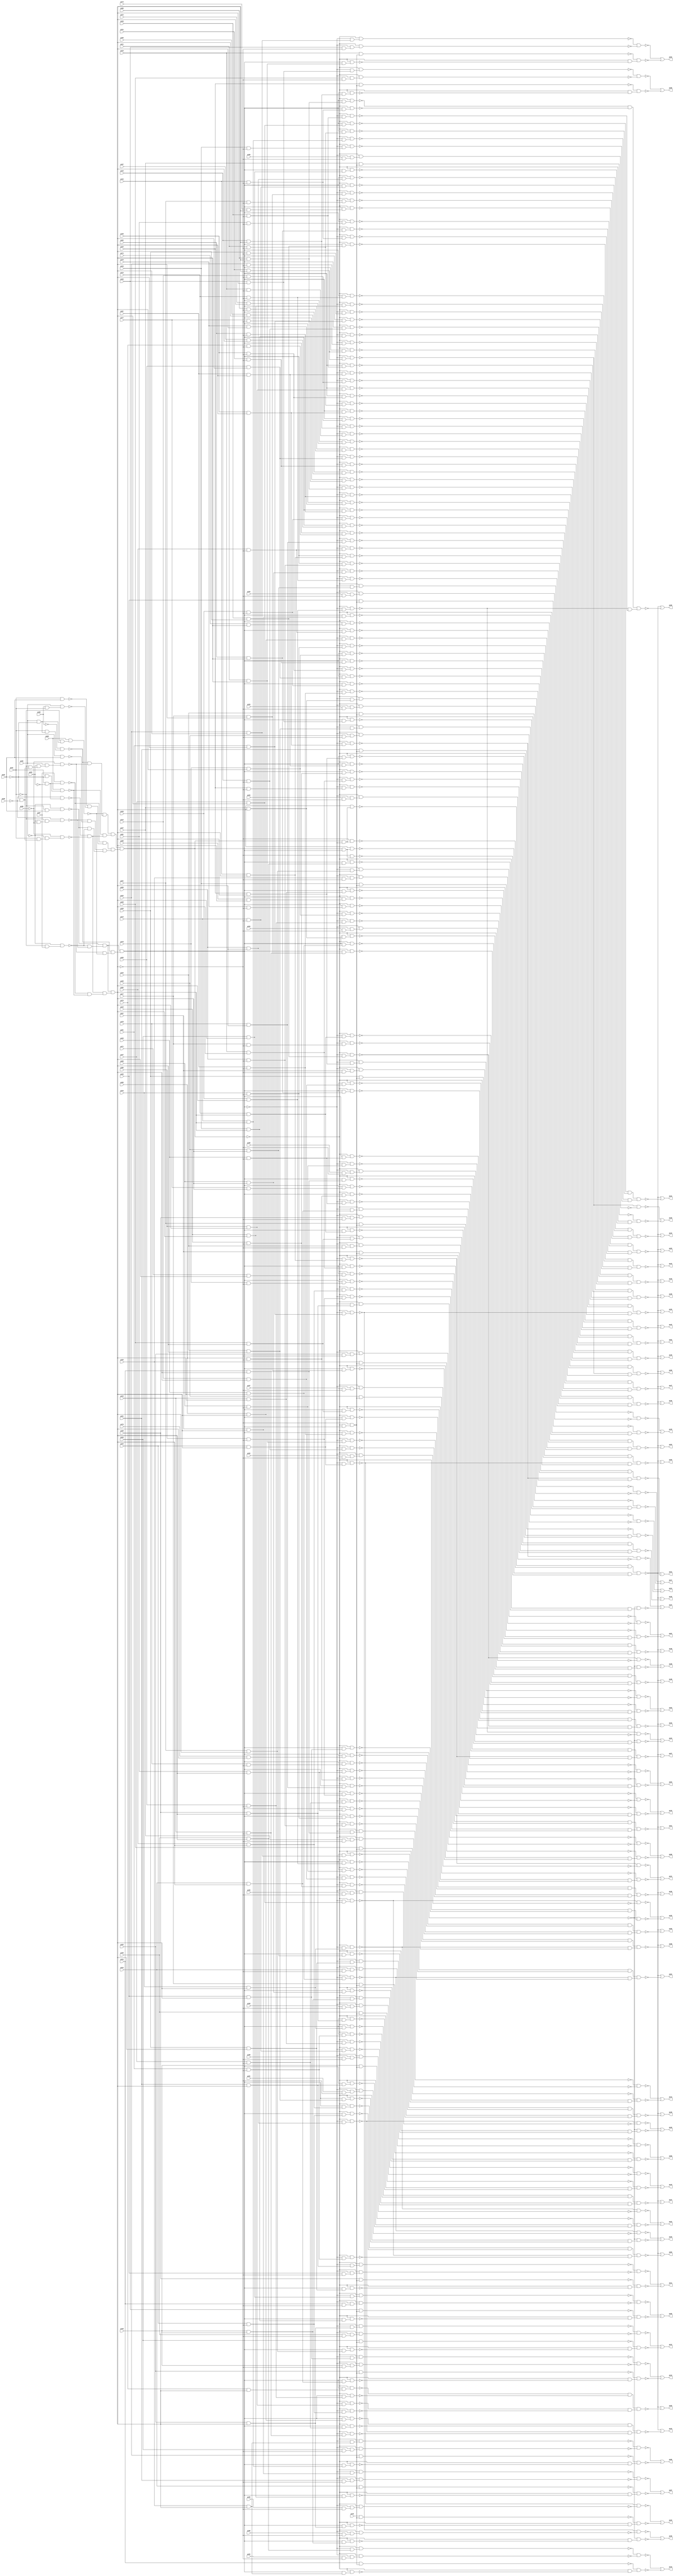
// Benchmark "i9" written by ABC on Sun Apr 22 21:43:05 2018

module i9 ( 
    pi00, pi01, pi02, pi03, pi04, pi05, pi06, pi07, pi08, pi09, pi10, pi11,
    pi12, pi13, pi14, pi15, pi16, pi17, pi18, pi19, pi20, pi21, pi22, pi23,
    pi24, pi25, pi26, pi27, pi28, pi29, pi30, pi31, pi32, pi33, pi34, pi35,
    pi36, pi37, pi38, pi39, pi40, pi41, pi42, pi43, pi44, pi45, pi46, pi47,
    pi48, pi49, pi50, pi51, pi52, pi53, pi54, pi55, pi56, pi57, pi58, pi59,
    pi60, pi61, pi62, pi63, pi64, pi65, pi66, pi67, pi68, pi69, pi70, pi71,
    pi72, pi73, pi74, pi75, pi76, pi77, pi78, pi79, pi80, pi81, pi82, pi83,
    pi84, pi85, pi86, pi87,
    po00, po01, po02, po03, po04, po05, po06, po07, po08, po09, po10, po11,
    po12, po13, po14, po15, po16, po17, po18, po19, po20, po21, po22, po23,
    po24, po25, po26, po27, po28, po29, po30, po31, po32, po33, po34, po35,
    po36, po37, po38, po39, po40, po41, po42, po43, po44, po45, po46, po47,
    po48, po49, po50, po51, po52, po53, po54, po55, po56, po57, po58, po59,
    po60, po61, po62  );
  input  pi00, pi01, pi02, pi03, pi04, pi05, pi06, pi07, pi08, pi09,
    pi10, pi11, pi12, pi13, pi14, pi15, pi16, pi17, pi18, pi19, pi20, pi21,
    pi22, pi23, pi24, pi25, pi26, pi27, pi28, pi29, pi30, pi31, pi32, pi33,
    pi34, pi35, pi36, pi37, pi38, pi39, pi40, pi41, pi42, pi43, pi44, pi45,
    pi46, pi47, pi48, pi49, pi50, pi51, pi52, pi53, pi54, pi55, pi56, pi57,
    pi58, pi59, pi60, pi61, pi62, pi63, pi64, pi65, pi66, pi67, pi68, pi69,
    pi70, pi71, pi72, pi73, pi74, pi75, pi76, pi77, pi78, pi79, pi80, pi81,
    pi82, pi83, pi84, pi85, pi86, pi87;
  output po00, po01, po02, po03, po04, po05, po06, po07, po08, po09, po10,
    po11, po12, po13, po14, po15, po16, po17, po18, po19, po20, po21, po22,
    po23, po24, po25, po26, po27, po28, po29, po30, po31, po32, po33, po34,
    po35, po36, po37, po38, po39, po40, po41, po42, po43, po44, po45, po46,
    po47, po48, po49, po50, po51, po52, po53, po54, po55, po56, po57, po58,
    po59, po60, po61, po62;
  wire n152, n153, n154, n155, n156, n157, n158, n159, n160, n161, n162,
    n163, n164, n165, n166, n167, n168, n169, n170, n171, n172, n173, n174,
    n175, n176, n177, n178, n179, n180, n181, n182, n183, n184, n185, n186,
    n187, n188, n189, n190, n191, n192, n193, n194, n195, n196, n197, n198,
    n199, n200, n201, n202, n203, n204, n205, n206, n207, n208, n209, n210,
    n211, n212, n213, n214, n215, n217, n218, n219, n220, n221, n222, n223,
    n224, n225, n226, n227, n228, n229, n231, n232, n233, n234, n235, n236,
    n237, n238, n239, n240, n241, n242, n243, n245, n246, n247, n248, n249,
    n250, n251, n252, n253, n254, n255, n256, n257, n259, n260, n261, n262,
    n263, n264, n265, n266, n267, n268, n269, n270, n271, n273, n274, n275,
    n276, n277, n278, n279, n280, n281, n282, n283, n284, n285, n287, n288,
    n289, n290, n291, n292, n293, n294, n295, n296, n297, n298, n299, n301,
    n302, n303, n304, n305, n306, n307, n308, n309, n310, n311, n312, n313,
    n315, n316, n317, n318, n319, n320, n321, n322, n323, n324, n325, n326,
    n327, n329, n330, n331, n332, n333, n334, n335, n336, n337, n338, n339,
    n340, n341, n343, n344, n345, n346, n347, n348, n349, n350, n351, n352,
    n353, n354, n355, n357, n358, n359, n360, n361, n362, n363, n364, n365,
    n366, n367, n368, n370, n371, n372, n373, n374, n375, n376, n377, n378,
    n379, n380, n381, n383, n384, n385, n386, n387, n388, n389, n390, n391,
    n392, n393, n394, n396, n397, n398, n399, n400, n401, n402, n403, n404,
    n405, n406, n407, n409, n410, n411, n412, n413, n414, n415, n416, n417,
    n418, n419, n420, n422, n423, n424, n425, n426, n427, n428, n429, n430,
    n431, n432, n433, n435, n436, n437, n438, n439, n440, n441, n442, n443,
    n444, n445, n446, n448, n449, n450, n451, n452, n453, n454, n455, n456,
    n457, n458, n459, n461, n462, n463, n464, n465, n466, n467, n468, n469,
    n470, n471, n472, n474, n475, n476, n477, n478, n479, n480, n481, n482,
    n483, n484, n485, n487, n488, n489, n490, n491, n492, n493, n494, n495,
    n496, n497, n498, n500, n501, n502, n503, n504, n505, n506, n507, n508,
    n509, n510, n511, n513, n514, n515, n516, n517, n518, n519, n520, n521,
    n522, n523, n524, n526, n527, n528, n529, n530, n531, n532, n533, n534,
    n535, n536, n538, n539, n540, n541, n542, n543, n544, n545, n546, n547,
    n548, n550, n551, n552, n553, n554, n555, n556, n557, n558, n559, n560,
    n562, n563, n564, n565, n566, n567, n568, n569, n570, n571, n572, n574,
    n575, n576, n577, n578, n579, n580, n581, n582, n583, n584, n586, n587,
    n588, n589, n590, n591, n592, n593, n594, n595, n596, n598, n599, n600,
    n601, n602, n603, n604, n605, n606, n607, n608, n610, n611, n612, n613,
    n614, n615, n616, n617, n618, n619, n620, n621, n622, n623, n624, n625,
    n626, n627, n628, n629, n630, n632, n633, n634, n635, n636, n637, n638,
    n639, n640, n641, n642, n643, n645, n646, n647, n648, n649, n650, n651,
    n652, n653, n654, n655, n656, n658, n659, n660, n661, n662, n663, n664,
    n665, n666, n667, n668, n669, n671, n672, n673, n674, n675, n676, n677,
    n678, n679, n680, n681, n682, n683, n684, n686, n687, n688, n689, n690,
    n691, n692, n693, n694, n695, n696, n697, n698, n700, n701, n702, n703,
    n704, n705, n706, n707, n708, n709, n710, n711, n712, n714, n715, n716,
    n717, n718, n719, n720, n721, n722, n723, n724, n725, n727, n728, n729,
    n730, n731, n732, n733, n734, n735, n736, n737, n738, n740, n741, n742,
    n743, n744, n745, n746, n747, n748, n749, n750, n751, n753, n754, n755,
    n756, n757, n758, n759, n760, n761, n762, n763, n764, n766, n767, n768,
    n769, n770, n771, n772, n773, n774, n775, n776, n777, n779, n780, n781,
    n782, n783, n784, n785, n786, n787, n788, n789, n790, n792, n793, n794,
    n795, n796, n797, n798, n799, n800, n801, n802, n803, n805, n806, n807,
    n808, n809, n810, n811, n812, n813, n814, n815, n816, n818, n819, n820,
    n821, n822, n823, n824, n825, n826, n827, n828, n829, n831, n832, n833,
    n834, n835, n836, n837, n838, n839, n840, n841, n842, n843, n844, n845,
    n847, n848, n849, n850, n851, n852, n853, n854, n855, n856, n857, n858,
    n859, n860, n861, n863, n864, n865, n866, n867, n868, n869, n870, n871,
    n872, n873, n874, n875, n876, n877, n879, n880, n881, n882, n883, n884,
    n885, n886, n887, n888, n889, n890, n891, n892, n893, n895, n896, n897,
    n898, n899, n900, n901, n902, n903, n904, n905, n906, n907, n908, n909,
    n911, n912, n913, n914, n915, n916, n917, n918, n919, n920, n921, n922,
    n923, n924, n926, n927, n928, n929, n930, n931, n932, n933, n934, n935,
    n936, n937, n938, n939, n941, n942, n943, n944, n945, n946, n947, n948,
    n949, n950, n951, n952, n953, n955, n956, n957, n958, n959, n960, n961,
    n962, n963, n964, n965, n966, n967, n969, n970, n971, n972, n973, n974,
    n975, n976, n977, n978, n980, n981, n982, n983, n984, n985, n986, n987,
    n988, n989, n991, n992, n993, n994, n995, n996, n997, n998, n999,
    n1001, n1002, n1003, n1004, n1005, n1006, n1007, n1008, n1009, n1011,
    n1012, n1013, n1014, n1015, n1016, n1017, n1018, n1019, n1021, n1022,
    n1023, n1024, n1025, n1026, n1027, n1028, n1029, n1031, n1032, n1033,
    n1034, n1035, n1036, n1037, n1038, n1039;
  assign n152 = ~pi01 & pi03;
  assign n153 = ~pi02 & n152;
  assign n154 = ~pi01 & pi07;
  assign n155 = ~pi02 & n154;
  assign n156 = ~pi02 & ~pi06;
  assign n157 = ~pi01 & n156;
  assign n158 = ~pi05 & n157;
  assign n159 = pi02 & pi03;
  assign n160 = pi01 & pi03;
  assign n161 = pi00 & pi01;
  assign n162 = pi02 & n161;
  assign n163 = ~pi03 & ~pi04;
  assign n164 = pi07 & n163;
  assign n165 = ~pi05 & n163;
  assign n166 = ~pi03 & ~pi05;
  assign n167 = pi01 & n166;
  assign n168 = ~pi02 & n167;
  assign n169 = ~pi06 & n168;
  assign n170 = pi01 & ~pi03;
  assign n171 = pi08 & n170;
  assign n172 = pi02 & ~pi03;
  assign n173 = pi01 & n172;
  assign n174 = ~pi00 & n173;
  assign n175 = ~pi01 & n166;
  assign n176 = pi04 & n175;
  assign n177 = pi02 & n176;
  assign n178 = ~pi06 & n177;
  assign n179 = ~pi01 & n172;
  assign n180 = pi08 & n179;
  assign n181 = ~n174 & ~n178;
  assign n182 = ~n180 & n181;
  assign n183 = ~n165 & ~n169;
  assign n184 = ~n171 & n183;
  assign n185 = n182 & n184;
  assign n186 = ~n160 & ~n162;
  assign n187 = ~n164 & n186;
  assign n188 = ~n158 & ~n159;
  assign n189 = ~n153 & ~n155;
  assign n190 = n188 & n189;
  assign n191 = n187 & n190;
  assign n192 = n185 & n191;
  assign n193 = ~n155 & ~n158;
  assign n194 = ~n153 & n193;
  assign n195 = ~n164 & ~n171;
  assign n196 = n183 & n195;
  assign n197 = n194 & n196;
  assign n198 = ~n178 & ~n180;
  assign n199 = ~n174 & n198;
  assign n200 = n194 & n199;
  assign n201 = pi09 & n197;
  assign n202 = n200 & n201;
  assign n203 = ~n192 & n202;
  assign n204 = ~n192 & n200;
  assign n205 = ~n197 & n204;
  assign n206 = pi17 & n205;
  assign n207 = pi20 & n197;
  assign n208 = ~n200 & n207;
  assign n209 = ~n192 & n208;
  assign n210 = pi24 & ~n197;
  assign n211 = ~n200 & n210;
  assign n212 = ~n192 & n211;
  assign n213 = ~n209 & ~n212;
  assign n214 = ~n192 & ~n203;
  assign n215 = ~n206 & n214;
  assign po00 = ~n213 | ~n215;
  assign n217 = pi10 & n197;
  assign n218 = n200 & n217;
  assign n219 = ~n192 & n218;
  assign n220 = pi18 & n205;
  assign n221 = pi21 & n197;
  assign n222 = ~n200 & n221;
  assign n223 = ~n192 & n222;
  assign n224 = pi25 & ~n197;
  assign n225 = ~n200 & n224;
  assign n226 = ~n192 & n225;
  assign n227 = ~n223 & ~n226;
  assign n228 = ~n192 & ~n219;
  assign n229 = ~n220 & n228;
  assign po01 = ~n227 | ~n229;
  assign n231 = pi11 & n197;
  assign n232 = n200 & n231;
  assign n233 = ~n192 & n232;
  assign n234 = pi19 & n205;
  assign n235 = pi22 & n197;
  assign n236 = ~n200 & n235;
  assign n237 = ~n192 & n236;
  assign n238 = pi26 & ~n197;
  assign n239 = ~n200 & n238;
  assign n240 = ~n192 & n239;
  assign n241 = ~n237 & ~n240;
  assign n242 = ~n192 & ~n233;
  assign n243 = ~n234 & n242;
  assign po02 = ~n241 | ~n243;
  assign n245 = pi12 & n197;
  assign n246 = n200 & n245;
  assign n247 = ~n192 & n246;
  assign n248 = pi20 & n205;
  assign n249 = pi23 & n197;
  assign n250 = ~n200 & n249;
  assign n251 = ~n192 & n250;
  assign n252 = pi27 & ~n197;
  assign n253 = ~n200 & n252;
  assign n254 = ~n192 & n253;
  assign n255 = ~n251 & ~n254;
  assign n256 = ~n192 & ~n247;
  assign n257 = ~n248 & n256;
  assign po03 = ~n255 | ~n257;
  assign n259 = pi13 & n197;
  assign n260 = n200 & n259;
  assign n261 = ~n192 & n260;
  assign n262 = pi21 & n205;
  assign n263 = pi24 & n197;
  assign n264 = ~n200 & n263;
  assign n265 = ~n192 & n264;
  assign n266 = pi28 & ~n197;
  assign n267 = ~n200 & n266;
  assign n268 = ~n192 & n267;
  assign n269 = ~n265 & ~n268;
  assign n270 = ~n192 & ~n261;
  assign n271 = ~n262 & n270;
  assign po04 = ~n269 | ~n271;
  assign n273 = pi14 & n197;
  assign n274 = n200 & n273;
  assign n275 = ~n192 & n274;
  assign n276 = pi22 & n205;
  assign n277 = pi25 & n197;
  assign n278 = ~n200 & n277;
  assign n279 = ~n192 & n278;
  assign n280 = pi29 & ~n197;
  assign n281 = ~n200 & n280;
  assign n282 = ~n192 & n281;
  assign n283 = ~n279 & ~n282;
  assign n284 = ~n192 & ~n275;
  assign n285 = ~n276 & n284;
  assign po05 = ~n283 | ~n285;
  assign n287 = pi15 & n197;
  assign n288 = n200 & n287;
  assign n289 = ~n192 & n288;
  assign n290 = pi23 & n205;
  assign n291 = pi26 & n197;
  assign n292 = ~n200 & n291;
  assign n293 = ~n192 & n292;
  assign n294 = pi30 & ~n197;
  assign n295 = ~n200 & n294;
  assign n296 = ~n192 & n295;
  assign n297 = ~n293 & ~n296;
  assign n298 = ~n192 & ~n289;
  assign n299 = ~n290 & n298;
  assign po06 = ~n297 | ~n299;
  assign n301 = pi16 & n197;
  assign n302 = n200 & n301;
  assign n303 = ~n192 & n302;
  assign n304 = pi24 & n205;
  assign n305 = pi27 & n197;
  assign n306 = ~n200 & n305;
  assign n307 = ~n192 & n306;
  assign n308 = pi31 & ~n197;
  assign n309 = ~n200 & n308;
  assign n310 = ~n192 & n309;
  assign n311 = ~n307 & ~n310;
  assign n312 = ~n192 & ~n303;
  assign n313 = ~n304 & n312;
  assign po07 = ~n311 | ~n313;
  assign n315 = pi17 & n197;
  assign n316 = n200 & n315;
  assign n317 = ~n192 & n316;
  assign n318 = pi25 & n205;
  assign n319 = pi28 & n197;
  assign n320 = ~n200 & n319;
  assign n321 = ~n192 & n320;
  assign n322 = pi32 & ~n197;
  assign n323 = ~n200 & n322;
  assign n324 = ~n192 & n323;
  assign n325 = ~n321 & ~n324;
  assign n326 = ~n192 & ~n317;
  assign n327 = ~n318 & n326;
  assign po08 = ~n325 | ~n327;
  assign n329 = pi18 & n197;
  assign n330 = n200 & n329;
  assign n331 = ~n192 & n330;
  assign n332 = pi26 & n205;
  assign n333 = pi29 & n197;
  assign n334 = ~n200 & n333;
  assign n335 = ~n192 & n334;
  assign n336 = pi33 & ~n197;
  assign n337 = ~n200 & n336;
  assign n338 = ~n192 & n337;
  assign n339 = ~n335 & ~n338;
  assign n340 = ~n192 & ~n331;
  assign n341 = ~n332 & n340;
  assign po09 = ~n339 | ~n341;
  assign n343 = pi19 & n197;
  assign n344 = n200 & n343;
  assign n345 = ~n192 & n344;
  assign n346 = pi27 & n205;
  assign n347 = pi30 & n197;
  assign n348 = ~n200 & n347;
  assign n349 = ~n192 & n348;
  assign n350 = pi34 & ~n197;
  assign n351 = ~n200 & n350;
  assign n352 = ~n192 & n351;
  assign n353 = ~n349 & ~n352;
  assign n354 = ~n192 & ~n345;
  assign n355 = ~n346 & n354;
  assign po10 = ~n353 | ~n355;
  assign n357 = n200 & n207;
  assign n358 = ~n192 & n357;
  assign n359 = pi28 & n205;
  assign n360 = pi31 & n197;
  assign n361 = ~n200 & n360;
  assign n362 = ~n192 & n361;
  assign n363 = pi35 & ~n197;
  assign n364 = ~n200 & n363;
  assign n365 = ~n192 & n364;
  assign n366 = ~n362 & ~n365;
  assign n367 = ~n192 & ~n358;
  assign n368 = ~n359 & n367;
  assign po11 = ~n366 | ~n368;
  assign n370 = n200 & n221;
  assign n371 = ~n192 & n370;
  assign n372 = pi29 & n205;
  assign n373 = pi32 & n197;
  assign n374 = ~n200 & n373;
  assign n375 = ~n192 & n374;
  assign n376 = pi36 & ~n197;
  assign n377 = ~n200 & n376;
  assign n378 = ~n192 & n377;
  assign n379 = ~n375 & ~n378;
  assign n380 = ~n192 & ~n371;
  assign n381 = ~n372 & n380;
  assign po12 = ~n379 | ~n381;
  assign n383 = n200 & n235;
  assign n384 = ~n192 & n383;
  assign n385 = pi30 & n205;
  assign n386 = pi33 & n197;
  assign n387 = ~n200 & n386;
  assign n388 = ~n192 & n387;
  assign n389 = pi37 & ~n197;
  assign n390 = ~n200 & n389;
  assign n391 = ~n192 & n390;
  assign n392 = ~n388 & ~n391;
  assign n393 = ~n192 & ~n384;
  assign n394 = ~n385 & n393;
  assign po13 = ~n392 | ~n394;
  assign n396 = n200 & n249;
  assign n397 = ~n192 & n396;
  assign n398 = pi31 & n205;
  assign n399 = pi34 & n197;
  assign n400 = ~n200 & n399;
  assign n401 = ~n192 & n400;
  assign n402 = pi38 & ~n197;
  assign n403 = ~n200 & n402;
  assign n404 = ~n192 & n403;
  assign n405 = ~n401 & ~n404;
  assign n406 = ~n192 & ~n397;
  assign n407 = ~n398 & n406;
  assign po14 = ~n405 | ~n407;
  assign n409 = n200 & n263;
  assign n410 = ~n192 & n409;
  assign n411 = pi32 & n205;
  assign n412 = pi35 & n197;
  assign n413 = ~n200 & n412;
  assign n414 = ~n192 & n413;
  assign n415 = pi39 & ~n197;
  assign n416 = ~n200 & n415;
  assign n417 = ~n192 & n416;
  assign n418 = ~n414 & ~n417;
  assign n419 = ~n192 & ~n410;
  assign n420 = ~n411 & n419;
  assign po15 = ~n418 | ~n420;
  assign n422 = n200 & n277;
  assign n423 = ~n192 & n422;
  assign n424 = pi33 & n205;
  assign n425 = pi36 & n197;
  assign n426 = ~n200 & n425;
  assign n427 = ~n192 & n426;
  assign n428 = pi52 & ~n197;
  assign n429 = ~n200 & n428;
  assign n430 = ~n192 & n429;
  assign n431 = ~n427 & ~n430;
  assign n432 = ~n192 & ~n423;
  assign n433 = ~n424 & n432;
  assign po16 = ~n431 | ~n433;
  assign n435 = n200 & n291;
  assign n436 = ~n192 & n435;
  assign n437 = pi34 & n205;
  assign n438 = pi37 & n197;
  assign n439 = ~n200 & n438;
  assign n440 = ~n192 & n439;
  assign n441 = pi53 & ~n197;
  assign n442 = ~n200 & n441;
  assign n443 = ~n192 & n442;
  assign n444 = ~n440 & ~n443;
  assign n445 = ~n192 & ~n436;
  assign n446 = ~n437 & n445;
  assign po17 = ~n444 | ~n446;
  assign n448 = n200 & n305;
  assign n449 = ~n192 & n448;
  assign n450 = pi35 & n205;
  assign n451 = pi38 & n197;
  assign n452 = ~n200 & n451;
  assign n453 = ~n192 & n452;
  assign n454 = pi54 & ~n197;
  assign n455 = ~n200 & n454;
  assign n456 = ~n192 & n455;
  assign n457 = ~n453 & ~n456;
  assign n458 = ~n192 & ~n449;
  assign n459 = ~n450 & n458;
  assign po18 = ~n457 | ~n459;
  assign n461 = n200 & n319;
  assign n462 = ~n192 & n461;
  assign n463 = pi36 & n205;
  assign n464 = pi39 & n197;
  assign n465 = ~n200 & n464;
  assign n466 = ~n192 & n465;
  assign n467 = pi55 & ~n197;
  assign n468 = ~n200 & n467;
  assign n469 = ~n192 & n468;
  assign n470 = ~n466 & ~n469;
  assign n471 = ~n192 & ~n462;
  assign n472 = ~n463 & n471;
  assign po19 = ~n470 | ~n472;
  assign n474 = n200 & n333;
  assign n475 = ~n192 & n474;
  assign n476 = pi37 & n205;
  assign n477 = pi41 & n197;
  assign n478 = ~n200 & n477;
  assign n479 = ~n192 & n478;
  assign n480 = pi56 & ~n197;
  assign n481 = ~n200 & n480;
  assign n482 = ~n192 & n481;
  assign n483 = ~n479 & ~n482;
  assign n484 = ~n192 & ~n475;
  assign n485 = ~n476 & n484;
  assign po20 = ~n483 | ~n485;
  assign n487 = n200 & n347;
  assign n488 = ~n192 & n487;
  assign n489 = pi38 & n205;
  assign n490 = pi42 & n197;
  assign n491 = ~n200 & n490;
  assign n492 = ~n192 & n491;
  assign n493 = pi57 & ~n197;
  assign n494 = ~n200 & n493;
  assign n495 = ~n192 & n494;
  assign n496 = ~n492 & ~n495;
  assign n497 = ~n192 & ~n488;
  assign n498 = ~n489 & n497;
  assign po21 = ~n496 | ~n498;
  assign n500 = n200 & n360;
  assign n501 = ~n192 & n500;
  assign n502 = pi39 & n205;
  assign n503 = pi43 & n197;
  assign n504 = ~n200 & n503;
  assign n505 = ~n192 & n504;
  assign n506 = pi58 & ~n197;
  assign n507 = ~n200 & n506;
  assign n508 = ~n192 & n507;
  assign n509 = ~n505 & ~n508;
  assign n510 = ~n192 & ~n501;
  assign n511 = ~n502 & n510;
  assign po22 = ~n509 | ~n511;
  assign n513 = n200 & n373;
  assign n514 = ~n192 & n513;
  assign n515 = pi40 & n205;
  assign n516 = pi44 & n197;
  assign n517 = ~n200 & n516;
  assign n518 = ~n192 & n517;
  assign n519 = pi59 & ~n197;
  assign n520 = ~n200 & n519;
  assign n521 = ~n192 & n520;
  assign n522 = ~n518 & ~n521;
  assign n523 = ~n192 & ~n514;
  assign n524 = ~n515 & n523;
  assign po23 = ~n522 | ~n524;
  assign n526 = n200 & n386;
  assign n527 = ~n192 & n526;
  assign n528 = pi45 & n197;
  assign n529 = ~n200 & n528;
  assign n530 = ~n192 & n529;
  assign n531 = pi60 & ~n197;
  assign n532 = ~n200 & n531;
  assign n533 = ~n192 & n532;
  assign n534 = ~n530 & ~n533;
  assign n535 = ~n192 & ~n527;
  assign n536 = ~n205 & n535;
  assign po24 = ~n534 | ~n536;
  assign n538 = n200 & n399;
  assign n539 = ~n192 & n538;
  assign n540 = pi46 & n197;
  assign n541 = ~n200 & n540;
  assign n542 = ~n192 & n541;
  assign n543 = pi61 & ~n197;
  assign n544 = ~n200 & n543;
  assign n545 = ~n192 & n544;
  assign n546 = ~n542 & ~n545;
  assign n547 = ~n192 & ~n539;
  assign n548 = ~n205 & n547;
  assign po25 = ~n546 | ~n548;
  assign n550 = n200 & n412;
  assign n551 = ~n192 & n550;
  assign n552 = pi47 & n197;
  assign n553 = ~n200 & n552;
  assign n554 = ~n192 & n553;
  assign n555 = pi62 & ~n197;
  assign n556 = ~n200 & n555;
  assign n557 = ~n192 & n556;
  assign n558 = ~n554 & ~n557;
  assign n559 = ~n192 & ~n551;
  assign n560 = ~n205 & n559;
  assign po26 = ~n558 | ~n560;
  assign n562 = n200 & n425;
  assign n563 = ~n192 & n562;
  assign n564 = pi48 & n197;
  assign n565 = ~n200 & n564;
  assign n566 = ~n192 & n565;
  assign n567 = pi63 & ~n197;
  assign n568 = ~n200 & n567;
  assign n569 = ~n192 & n568;
  assign n570 = ~n566 & ~n569;
  assign n571 = ~n192 & ~n563;
  assign n572 = ~n205 & n571;
  assign po27 = ~n570 | ~n572;
  assign n574 = n200 & n438;
  assign n575 = ~n192 & n574;
  assign n576 = pi49 & n197;
  assign n577 = ~n200 & n576;
  assign n578 = ~n192 & n577;
  assign n579 = pi64 & ~n197;
  assign n580 = ~n200 & n579;
  assign n581 = ~n192 & n580;
  assign n582 = ~n578 & ~n581;
  assign n583 = ~n192 & ~n575;
  assign n584 = ~n205 & n583;
  assign po28 = ~n582 | ~n584;
  assign n586 = n200 & n451;
  assign n587 = ~n192 & n586;
  assign n588 = pi50 & n197;
  assign n589 = ~n200 & n588;
  assign n590 = ~n192 & n589;
  assign n591 = pi65 & ~n197;
  assign n592 = ~n200 & n591;
  assign n593 = ~n192 & n592;
  assign n594 = ~n590 & ~n593;
  assign n595 = ~n192 & ~n587;
  assign n596 = ~n205 & n595;
  assign po29 = ~n594 | ~n596;
  assign n598 = n200 & n464;
  assign n599 = ~n192 & n598;
  assign n600 = pi51 & n197;
  assign n601 = ~n200 & n600;
  assign n602 = ~n192 & n601;
  assign n603 = pi66 & ~n197;
  assign n604 = ~n200 & n603;
  assign n605 = ~n192 & n604;
  assign n606 = ~n602 & ~n605;
  assign n607 = ~n192 & ~n599;
  assign n608 = ~n205 & n607;
  assign po30 = ~n606 | ~n608;
  assign n610 = n192 & n200;
  assign n611 = n197 & n610;
  assign n612 = ~n197 & n610;
  assign n613 = n192 & ~n200;
  assign n614 = n197 & n613;
  assign n615 = ~n197 & n613;
  assign n616 = pi83 & n197;
  assign n617 = n200 & n616;
  assign n618 = ~n192 & n617;
  assign n619 = pi45 & ~n197;
  assign n620 = n200 & n619;
  assign n621 = ~n192 & n620;
  assign n622 = pi87 & ~n197;
  assign n623 = ~n200 & n622;
  assign n624 = ~n192 & n623;
  assign n625 = ~n614 & ~n615;
  assign n626 = ~n611 & ~n612;
  assign n627 = n625 & n626;
  assign n628 = ~n618 & ~n621;
  assign n629 = ~n566 & ~n624;
  assign n630 = n628 & n629;
  assign po31 = ~n627 | ~n630;
  assign n632 = pi84 & n197;
  assign n633 = n200 & n632;
  assign n634 = ~n192 & n633;
  assign n635 = pi46 & ~n197;
  assign n636 = n200 & n635;
  assign n637 = ~n192 & n636;
  assign n638 = pi09 & ~n197;
  assign n639 = ~n200 & n638;
  assign n640 = ~n192 & n639;
  assign n641 = ~n634 & ~n637;
  assign n642 = ~n578 & ~n640;
  assign n643 = n641 & n642;
  assign po32 = ~n627 | ~n643;
  assign n645 = pi85 & n197;
  assign n646 = n200 & n645;
  assign n647 = ~n192 & n646;
  assign n648 = pi47 & ~n197;
  assign n649 = n200 & n648;
  assign n650 = ~n192 & n649;
  assign n651 = pi10 & ~n197;
  assign n652 = ~n200 & n651;
  assign n653 = ~n192 & n652;
  assign n654 = ~n647 & ~n650;
  assign n655 = ~n590 & ~n653;
  assign n656 = n654 & n655;
  assign po33 = ~n627 | ~n656;
  assign n658 = pi86 & n197;
  assign n659 = n200 & n658;
  assign n660 = ~n192 & n659;
  assign n661 = pi48 & ~n197;
  assign n662 = n200 & n661;
  assign n663 = ~n192 & n662;
  assign n664 = pi11 & ~n197;
  assign n665 = ~n200 & n664;
  assign n666 = ~n192 & n665;
  assign n667 = ~n660 & ~n663;
  assign n668 = ~n602 & ~n666;
  assign n669 = n667 & n668;
  assign po34 = ~n627 | ~n669;
  assign n671 = n200 & n477;
  assign n672 = ~n192 & n671;
  assign n673 = pi49 & ~n197;
  assign n674 = n200 & n673;
  assign n675 = ~n192 & n674;
  assign n676 = pi87 & n197;
  assign n677 = ~n200 & n676;
  assign n678 = ~n192 & n677;
  assign n679 = pi12 & ~n197;
  assign n680 = ~n200 & n679;
  assign n681 = ~n192 & n680;
  assign n682 = ~n672 & ~n675;
  assign n683 = ~n678 & ~n681;
  assign n684 = n682 & n683;
  assign po35 = ~n627 | ~n684;
  assign n686 = n200 & n490;
  assign n687 = ~n192 & n686;
  assign n688 = pi50 & ~n197;
  assign n689 = n200 & n688;
  assign n690 = ~n192 & n689;
  assign n691 = ~n200 & n201;
  assign n692 = ~n192 & n691;
  assign n693 = pi13 & ~n197;
  assign n694 = ~n200 & n693;
  assign n695 = ~n192 & n694;
  assign n696 = ~n687 & ~n690;
  assign n697 = ~n692 & ~n695;
  assign n698 = n696 & n697;
  assign po36 = ~n627 | ~n698;
  assign n700 = n200 & n503;
  assign n701 = ~n192 & n700;
  assign n702 = pi51 & ~n197;
  assign n703 = n200 & n702;
  assign n704 = ~n192 & n703;
  assign n705 = ~n200 & n217;
  assign n706 = ~n192 & n705;
  assign n707 = pi14 & ~n197;
  assign n708 = ~n200 & n707;
  assign n709 = ~n192 & n708;
  assign n710 = ~n701 & ~n704;
  assign n711 = ~n706 & ~n709;
  assign n712 = n710 & n711;
  assign po37 = ~n627 | ~n712;
  assign n714 = n200 & n516;
  assign n715 = ~n192 & n714;
  assign n716 = n200 & n622;
  assign n717 = ~n192 & n716;
  assign n718 = ~n200 & n231;
  assign n719 = ~n192 & n718;
  assign n720 = pi15 & ~n197;
  assign n721 = ~n200 & n720;
  assign n722 = ~n192 & n721;
  assign n723 = ~n715 & ~n717;
  assign n724 = ~n719 & ~n722;
  assign n725 = n723 & n724;
  assign po38 = ~n627 | ~n725;
  assign n727 = n200 & n528;
  assign n728 = ~n192 & n727;
  assign n729 = n200 & n638;
  assign n730 = ~n192 & n729;
  assign n731 = ~n200 & n245;
  assign n732 = ~n192 & n731;
  assign n733 = pi16 & ~n197;
  assign n734 = ~n200 & n733;
  assign n735 = ~n192 & n734;
  assign n736 = ~n728 & ~n730;
  assign n737 = ~n732 & ~n735;
  assign n738 = n736 & n737;
  assign po39 = ~n627 | ~n738;
  assign n740 = n200 & n540;
  assign n741 = ~n192 & n740;
  assign n742 = n200 & n651;
  assign n743 = ~n192 & n742;
  assign n744 = ~n200 & n259;
  assign n745 = ~n192 & n744;
  assign n746 = pi17 & ~n197;
  assign n747 = ~n200 & n746;
  assign n748 = ~n192 & n747;
  assign n749 = ~n741 & ~n743;
  assign n750 = ~n745 & ~n748;
  assign n751 = n749 & n750;
  assign po40 = ~n627 | ~n751;
  assign n753 = n200 & n552;
  assign n754 = ~n192 & n753;
  assign n755 = n200 & n664;
  assign n756 = ~n192 & n755;
  assign n757 = ~n200 & n273;
  assign n758 = ~n192 & n757;
  assign n759 = pi18 & ~n197;
  assign n760 = ~n200 & n759;
  assign n761 = ~n192 & n760;
  assign n762 = ~n754 & ~n756;
  assign n763 = ~n758 & ~n761;
  assign n764 = n762 & n763;
  assign po41 = ~n627 | ~n764;
  assign n766 = n200 & n564;
  assign n767 = ~n192 & n766;
  assign n768 = n200 & n679;
  assign n769 = ~n192 & n768;
  assign n770 = ~n200 & n287;
  assign n771 = ~n192 & n770;
  assign n772 = pi19 & ~n197;
  assign n773 = ~n200 & n772;
  assign n774 = ~n192 & n773;
  assign n775 = ~n767 & ~n769;
  assign n776 = ~n771 & ~n774;
  assign n777 = n775 & n776;
  assign po42 = ~n627 | ~n777;
  assign n779 = n200 & n576;
  assign n780 = ~n192 & n779;
  assign n781 = n200 & n693;
  assign n782 = ~n192 & n781;
  assign n783 = ~n200 & n301;
  assign n784 = ~n192 & n783;
  assign n785 = pi20 & ~n197;
  assign n786 = ~n200 & n785;
  assign n787 = ~n192 & n786;
  assign n788 = ~n780 & ~n782;
  assign n789 = ~n784 & ~n787;
  assign n790 = n788 & n789;
  assign po43 = ~n627 | ~n790;
  assign n792 = n200 & n588;
  assign n793 = ~n192 & n792;
  assign n794 = n200 & n707;
  assign n795 = ~n192 & n794;
  assign n796 = ~n200 & n315;
  assign n797 = ~n192 & n796;
  assign n798 = pi21 & ~n197;
  assign n799 = ~n200 & n798;
  assign n800 = ~n192 & n799;
  assign n801 = ~n793 & ~n795;
  assign n802 = ~n797 & ~n800;
  assign n803 = n801 & n802;
  assign po44 = ~n627 | ~n803;
  assign n805 = n200 & n600;
  assign n806 = ~n192 & n805;
  assign n807 = n200 & n720;
  assign n808 = ~n192 & n807;
  assign n809 = ~n200 & n329;
  assign n810 = ~n192 & n809;
  assign n811 = pi22 & ~n197;
  assign n812 = ~n200 & n811;
  assign n813 = ~n192 & n812;
  assign n814 = ~n806 & ~n808;
  assign n815 = ~n810 & ~n813;
  assign n816 = n814 & n815;
  assign po45 = ~n627 | ~n816;
  assign n818 = n200 & n676;
  assign n819 = ~n192 & n818;
  assign n820 = n200 & n733;
  assign n821 = ~n192 & n820;
  assign n822 = ~n200 & n343;
  assign n823 = ~n192 & n822;
  assign n824 = pi23 & ~n197;
  assign n825 = ~n200 & n824;
  assign n826 = ~n192 & n825;
  assign n827 = ~n819 & ~n821;
  assign n828 = ~n823 & ~n826;
  assign n829 = n827 & n828;
  assign po46 = ~n627 | ~n829;
  assign n831 = pi67 & n197;
  assign n832 = n200 & n831;
  assign n833 = ~n192 & n832;
  assign n834 = pi75 & ~n197;
  assign n835 = n200 & n834;
  assign n836 = ~n192 & n835;
  assign n837 = pi78 & n197;
  assign n838 = ~n200 & n837;
  assign n839 = ~n192 & n838;
  assign n840 = pi82 & ~n197;
  assign n841 = ~n200 & n840;
  assign n842 = ~n192 & n841;
  assign n843 = ~n833 & ~n836;
  assign n844 = ~n839 & ~n842;
  assign n845 = n843 & n844;
  assign po47 = ~n627 | ~n845;
  assign n847 = pi68 & n197;
  assign n848 = n200 & n847;
  assign n849 = ~n192 & n848;
  assign n850 = pi76 & ~n197;
  assign n851 = n200 & n850;
  assign n852 = ~n192 & n851;
  assign n853 = pi79 & n197;
  assign n854 = ~n200 & n853;
  assign n855 = ~n192 & n854;
  assign n856 = pi83 & ~n197;
  assign n857 = ~n200 & n856;
  assign n858 = ~n192 & n857;
  assign n859 = ~n849 & ~n852;
  assign n860 = ~n855 & ~n858;
  assign n861 = n859 & n860;
  assign po48 = ~n627 | ~n861;
  assign n863 = pi69 & n197;
  assign n864 = n200 & n863;
  assign n865 = ~n192 & n864;
  assign n866 = pi77 & ~n197;
  assign n867 = n200 & n866;
  assign n868 = ~n192 & n867;
  assign n869 = pi80 & n197;
  assign n870 = ~n200 & n869;
  assign n871 = ~n192 & n870;
  assign n872 = pi84 & ~n197;
  assign n873 = ~n200 & n872;
  assign n874 = ~n192 & n873;
  assign n875 = ~n865 & ~n868;
  assign n876 = ~n871 & ~n874;
  assign n877 = n875 & n876;
  assign po49 = ~n627 | ~n877;
  assign n879 = pi70 & n197;
  assign n880 = n200 & n879;
  assign n881 = ~n192 & n880;
  assign n882 = pi78 & ~n197;
  assign n883 = n200 & n882;
  assign n884 = ~n192 & n883;
  assign n885 = pi81 & n197;
  assign n886 = ~n200 & n885;
  assign n887 = ~n192 & n886;
  assign n888 = pi85 & ~n197;
  assign n889 = ~n200 & n888;
  assign n890 = ~n192 & n889;
  assign n891 = ~n881 & ~n884;
  assign n892 = ~n887 & ~n890;
  assign n893 = n891 & n892;
  assign po50 = ~n627 | ~n893;
  assign n895 = pi71 & n197;
  assign n896 = n200 & n895;
  assign n897 = ~n192 & n896;
  assign n898 = pi79 & ~n197;
  assign n899 = n200 & n898;
  assign n900 = ~n192 & n899;
  assign n901 = pi82 & n197;
  assign n902 = ~n200 & n901;
  assign n903 = ~n192 & n902;
  assign n904 = pi86 & ~n197;
  assign n905 = ~n200 & n904;
  assign n906 = ~n192 & n905;
  assign n907 = ~n897 & ~n900;
  assign n908 = ~n903 & ~n906;
  assign n909 = n907 & n908;
  assign po51 = ~n627 | ~n909;
  assign n911 = pi72 & n197;
  assign n912 = n200 & n911;
  assign n913 = ~n192 & n912;
  assign n914 = pi80 & ~n197;
  assign n915 = n200 & n914;
  assign n916 = ~n192 & n915;
  assign n917 = ~n200 & n616;
  assign n918 = ~n192 & n917;
  assign n919 = pi41 & ~n197;
  assign n920 = ~n200 & n919;
  assign n921 = ~n192 & n920;
  assign n922 = ~n913 & ~n916;
  assign n923 = ~n918 & ~n921;
  assign n924 = n922 & n923;
  assign po52 = ~n627 | ~n924;
  assign n926 = pi73 & n197;
  assign n927 = n200 & n926;
  assign n928 = ~n192 & n927;
  assign n929 = pi81 & ~n197;
  assign n930 = n200 & n929;
  assign n931 = ~n192 & n930;
  assign n932 = ~n200 & n632;
  assign n933 = ~n192 & n932;
  assign n934 = pi42 & ~n197;
  assign n935 = ~n200 & n934;
  assign n936 = ~n192 & n935;
  assign n937 = ~n928 & ~n931;
  assign n938 = ~n933 & ~n936;
  assign n939 = n937 & n938;
  assign po53 = ~n627 | ~n939;
  assign n941 = pi74 & n197;
  assign n942 = n200 & n941;
  assign n943 = ~n192 & n942;
  assign n944 = n200 & n840;
  assign n945 = ~n192 & n944;
  assign n946 = ~n200 & n645;
  assign n947 = ~n192 & n946;
  assign n948 = pi43 & ~n197;
  assign n949 = ~n200 & n948;
  assign n950 = ~n192 & n949;
  assign n951 = ~n943 & ~n945;
  assign n952 = ~n947 & ~n950;
  assign n953 = n951 & n952;
  assign po54 = ~n627 | ~n953;
  assign n955 = pi75 & n197;
  assign n956 = n200 & n955;
  assign n957 = ~n192 & n956;
  assign n958 = n200 & n856;
  assign n959 = ~n192 & n958;
  assign n960 = ~n200 & n658;
  assign n961 = ~n192 & n960;
  assign n962 = pi44 & ~n197;
  assign n963 = ~n200 & n962;
  assign n964 = ~n192 & n963;
  assign n965 = ~n957 & ~n959;
  assign n966 = ~n961 & ~n964;
  assign n967 = n965 & n966;
  assign po55 = ~n627 | ~n967;
  assign n969 = pi76 & n197;
  assign n970 = n200 & n969;
  assign n971 = ~n192 & n970;
  assign n972 = n200 & n872;
  assign n973 = ~n192 & n972;
  assign n974 = ~n200 & n619;
  assign n975 = ~n192 & n974;
  assign n976 = ~n971 & ~n973;
  assign n977 = ~n479 & ~n975;
  assign n978 = n976 & n977;
  assign po56 = ~n627 | ~n978;
  assign n980 = pi77 & n197;
  assign n981 = n200 & n980;
  assign n982 = ~n192 & n981;
  assign n983 = n200 & n888;
  assign n984 = ~n192 & n983;
  assign n985 = ~n200 & n635;
  assign n986 = ~n192 & n985;
  assign n987 = ~n982 & ~n984;
  assign n988 = ~n492 & ~n986;
  assign n989 = n987 & n988;
  assign po57 = ~n627 | ~n989;
  assign n991 = n200 & n837;
  assign n992 = ~n192 & n991;
  assign n993 = n200 & n904;
  assign n994 = ~n192 & n993;
  assign n995 = ~n200 & n648;
  assign n996 = ~n192 & n995;
  assign n997 = ~n992 & ~n994;
  assign n998 = ~n505 & ~n996;
  assign n999 = n997 & n998;
  assign po58 = ~n627 | ~n999;
  assign n1001 = n200 & n853;
  assign n1002 = ~n192 & n1001;
  assign n1003 = n200 & n919;
  assign n1004 = ~n192 & n1003;
  assign n1005 = ~n200 & n661;
  assign n1006 = ~n192 & n1005;
  assign n1007 = ~n1002 & ~n1004;
  assign n1008 = ~n518 & ~n1006;
  assign n1009 = n1007 & n1008;
  assign po59 = ~n627 | ~n1009;
  assign n1011 = n200 & n869;
  assign n1012 = ~n192 & n1011;
  assign n1013 = n200 & n934;
  assign n1014 = ~n192 & n1013;
  assign n1015 = ~n200 & n673;
  assign n1016 = ~n192 & n1015;
  assign n1017 = ~n1012 & ~n1014;
  assign n1018 = ~n530 & ~n1016;
  assign n1019 = n1017 & n1018;
  assign po60 = ~n627 | ~n1019;
  assign n1021 = n200 & n885;
  assign n1022 = ~n192 & n1021;
  assign n1023 = n200 & n948;
  assign n1024 = ~n192 & n1023;
  assign n1025 = ~n200 & n688;
  assign n1026 = ~n192 & n1025;
  assign n1027 = ~n1022 & ~n1024;
  assign n1028 = ~n542 & ~n1026;
  assign n1029 = n1027 & n1028;
  assign po61 = ~n627 | ~n1029;
  assign n1031 = n200 & n901;
  assign n1032 = ~n192 & n1031;
  assign n1033 = n200 & n962;
  assign n1034 = ~n192 & n1033;
  assign n1035 = ~n200 & n702;
  assign n1036 = ~n192 & n1035;
  assign n1037 = ~n1032 & ~n1034;
  assign n1038 = ~n554 & ~n1036;
  assign n1039 = n1037 & n1038;
  assign po62 = ~n627 | ~n1039;
endmodule